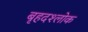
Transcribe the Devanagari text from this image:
बृहदश्लोक